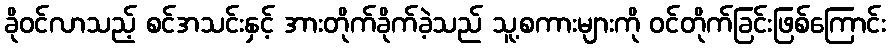
ခိုဝင်လာသည့် စင်အသင်းနှင့် အားတိုက်ခိုက်ခဲ့သည် သူ့စကားများကို ဝင်တိုက်ခြင်းဖြစ်ကြောင်း